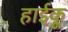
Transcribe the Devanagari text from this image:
हाईकू